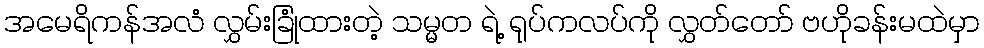
အမေရိကန်အလံ လွှမ်းခြုံထားတဲ့ သမ္မတ ရဲ့ ရုပ်ကလပ်ကို လွှတ်တော် ဗဟိုခန်းမထဲမှာ